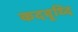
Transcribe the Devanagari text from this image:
कदवृध्दि